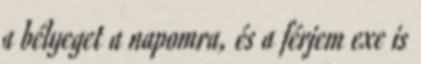
a bélyeget a napomra, és a férjem exe is